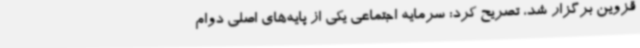
قزوین برگزار شد، تصریح کرد: سرمایه اجتماعی یکی از پایه‌های اصلی دوام